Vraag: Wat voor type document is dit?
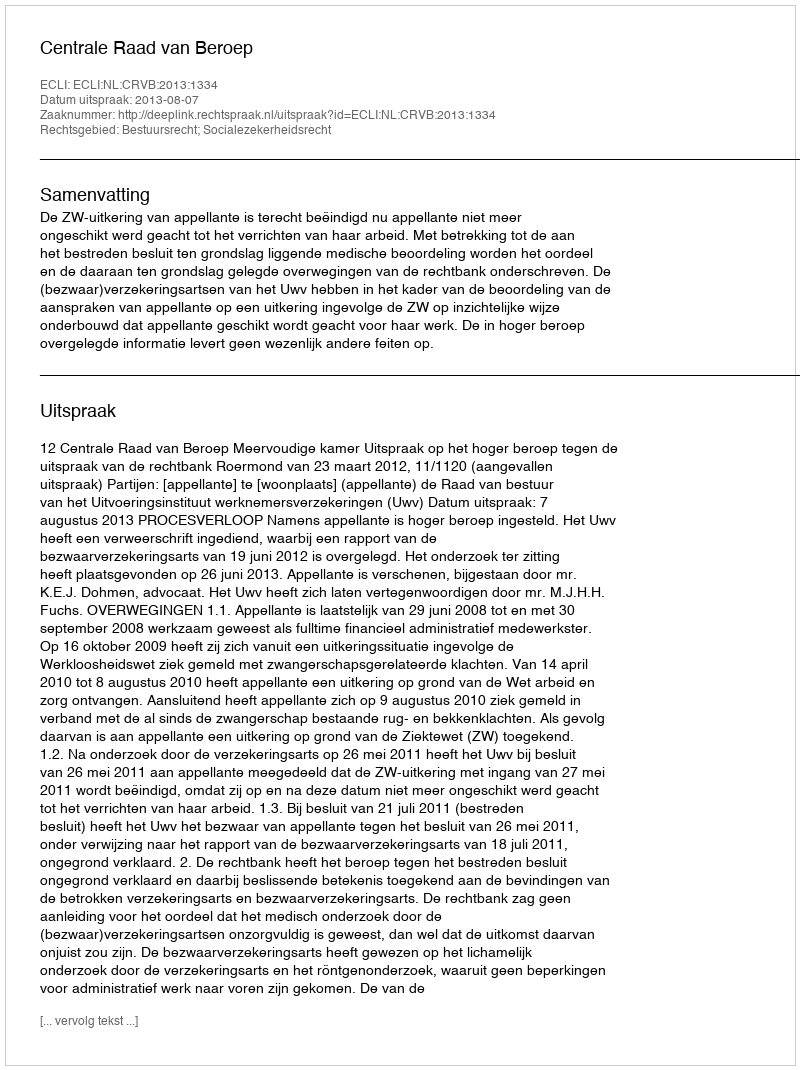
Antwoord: Uitspraak